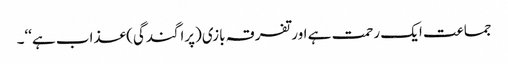
جماعت ایک رحمت ہے اور تفرقہ بازی(پراگندگی) عذاب ہے‘‘۔